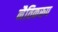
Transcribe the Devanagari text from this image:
नैतिकरूप